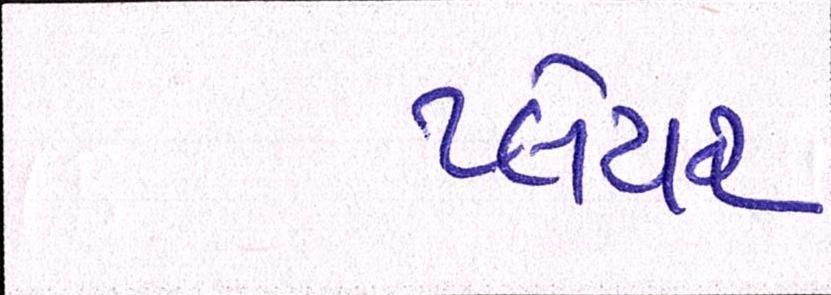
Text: પ્લેયર